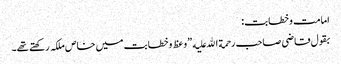
امامت وخطابت:
بقول قاضی صاحب رحمة الله علیه ”وعظ وخطابت میں خاص ملکہ رکھتے تھے۔